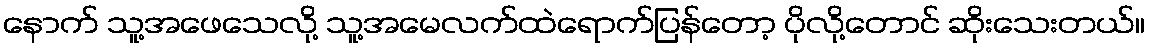
နောက် သူ့အဖေသေလို့ သူ့အမေလက်ထဲရောက်ပြန်တော့ ပိုလို့တောင် ဆိုးသေးတယ်။